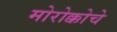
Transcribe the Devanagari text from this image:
मोरोक्कोचे